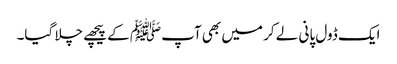
ایک ڈول پانی لے کر میں بھی آپﷺ کے پیچھے چلا گیا۔